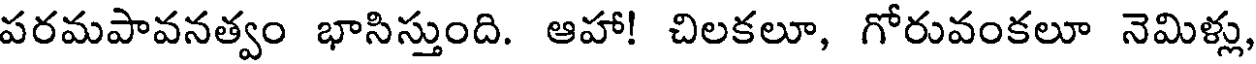
పరమపావనత్వం భాసిస్తుంది. ఆహా! చిలకలూ, గోరువంకలూ నెమిళ్లు,